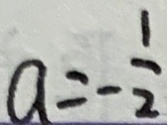
a = - \frac { 1 } { 2 }